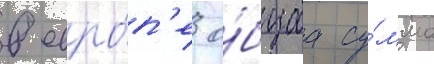
в евро́п'е о́бщаа су́мма